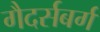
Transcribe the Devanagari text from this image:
गैदर्सबर्ग